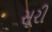
સૂરી